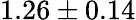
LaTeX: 1.26\pm 0.14